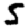
Digit: 5